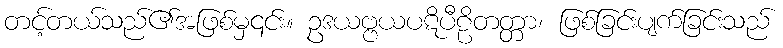
တင့်တယ်သည်၏အဖြစ်မှ၎င်း။ ဥဒယဗ္ဗယပဋိပီဠိတတ္တာ၊ ဖြစ်ခြင်းပျက်ခြင်းသည်